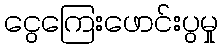
ငွေကြေးဖောင်းပွမှု